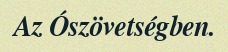
Az Ószövetségben.